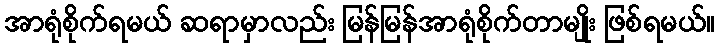
အာရုံစိုက်ရမယ် ဆရာမှာလည်း မြန်မြန်အာရုံစိုက်တာမျိုး ဖြစ်ရမယ်။